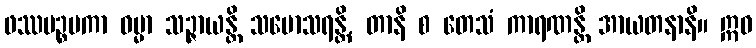
ဖဿပဉ္စမကာ ဓမ္မာ သဉ္ဇာယန္တိ သမောသရန္တိ, တာနိ စ တေသံ ကာရဏန္တိ အာယတနာနိ။ ဣဓ